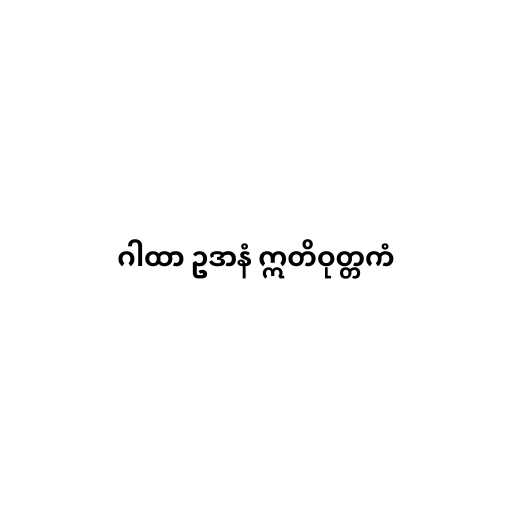
ဂါထာ ဥဒာနံ ဣတိဝုတ္တကံ